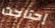
إحتاجت